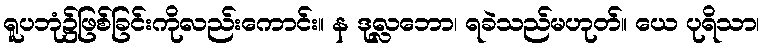
ရူပဘုံ၌ဖြစ်ခြင်းကိုလည်းကောင်း။ န ဒုလ္လဘော၊ ရခဲသည်မဟုတ်။ ယေ ပုရိသာ၊